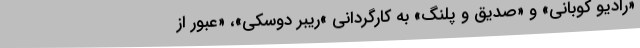
«رادیو کوبانی» و «صدیق و پلنگ» به کارگردانی »ریبر دوسکی»، «عبور از